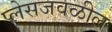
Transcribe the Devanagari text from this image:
प्लेसजवळील